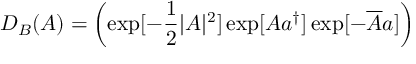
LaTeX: D _ { B } ( A ) = \left( \exp [ - \frac { 1 } { 2 } | A | ^ { 2 } ] \exp [ A a ^ { \dagger } ] \exp [ - \overline { { { A } } } a ] \right)